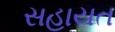
સહાયત